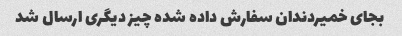
بجای خمیردندان سفارش داده شده چیز دیگری ارسال شد